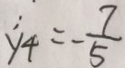
y _ { 4 } = - \frac { 7 } { 5 }